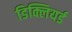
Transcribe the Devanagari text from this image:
डिक्लियर्ड